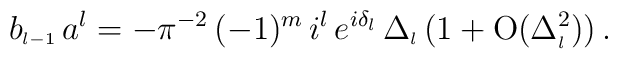
b_{\scriptscriptstyle{l-1}}\,a^l=-\pi^{-2}\,(-1)^m\,i^{l}\, e^{i \delta_{\scriptscriptstyle{l}}}\,\Delta_{\scriptscriptstyle{l}}\,( 1 +  \mbox{O} (\Delta_{\scriptscriptstyle{l}}^2) )\,.